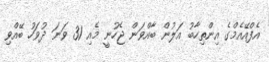
އެފްއޭއެމްގެ އިންތިހާބު އަލުން ބާއްވަން ޖެހުނީ މެއި 31 ވަނަ ދުވަހު ބޭއްވި